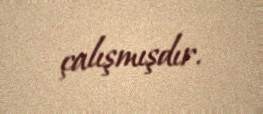
çalışmışdır.